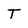
Character: T